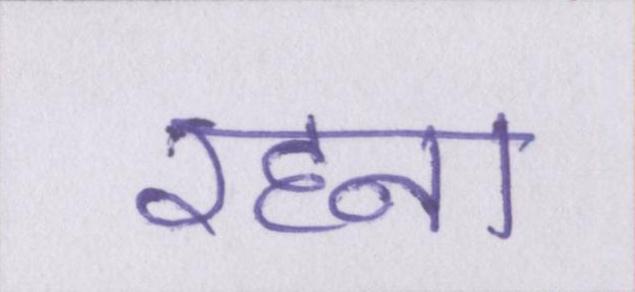
रहना